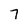
Character: 7